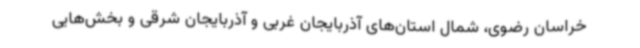
خراسان رضوی، شمال استان‌های آذربایجان غربی و آذربایجان شرقی و بخش‌هایی